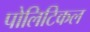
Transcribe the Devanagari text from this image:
पोलिटिकल